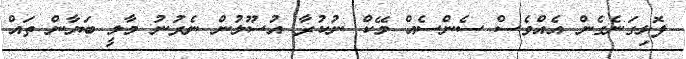
ފޮޅިގަނެގެން އެއްވެސް ސެންސެއް މޭކް ނުކުރާ އުސޫލުން ނެރުނު މާލީ ބަޔާން ތައް